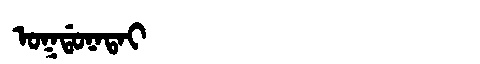
Manchu: ᠣᡴᡩᠣᠨᠠᡨᠠᡳ
Romanization: OKDONATAI